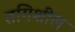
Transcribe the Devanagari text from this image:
तगिशील